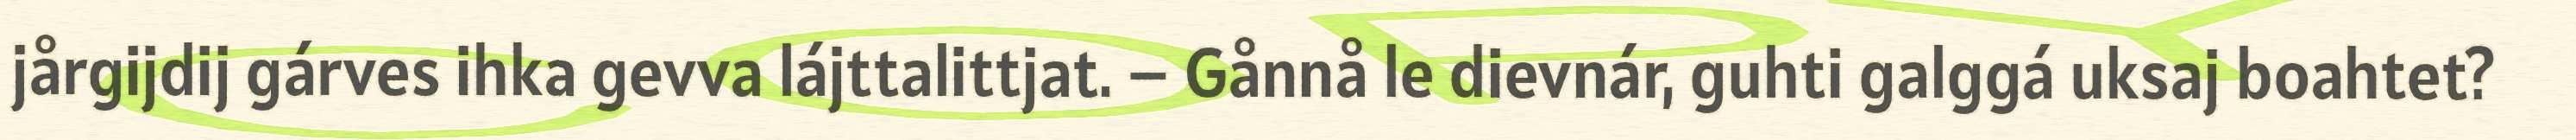
jårgijdij gárves ihka gevva lájttalittjat. – Gånnå le dievnár, guhti galggá uksaj boahtet?